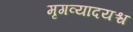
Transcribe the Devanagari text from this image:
मृगव्यादयश्च